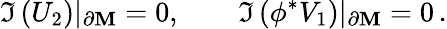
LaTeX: \Im\left(U_{2}\right)|_{\partial\mathbf{M}}=0,\qquad\Im\left(\phi^{*}V_{1}\right)|_{\partial\mathbf{M}}=0\, .